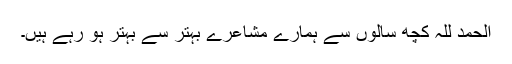
الحمد للہ کچھ سالوں سے ہمارے مشاعرے بہتر سے بہتر ہو رہے ہیں۔